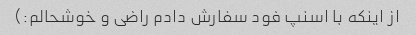
از اینکه با اسنپ فود سفارش دادم راضی و خوشحالم:)